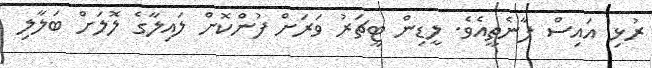
ރުޅި އައިސް ފާނެތީއެވެ. ލީޑިން ޓީޗަރު ވަރަށް ފުންކޮށް ލައިލާގެ ލޮލަށް ބަލާލި